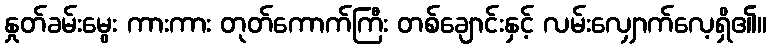
နှုတ်ခမ်းမွေး ကားကား တုတ်ကောက်ကြီး တစ်ချောင်းနှင့် လမ်းလျှောက်လေ့ရှိ၏။